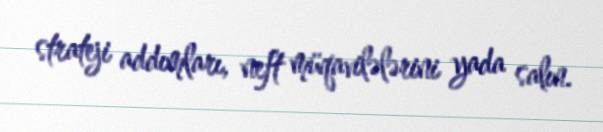
strateji addımları, neft müqavilələrini yada salın.